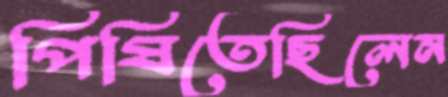
পিষিতেছিলেন